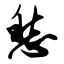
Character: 愁